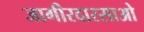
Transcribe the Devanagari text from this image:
जागीरदारसाओ